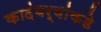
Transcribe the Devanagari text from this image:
कादंबर्‍यांकडे